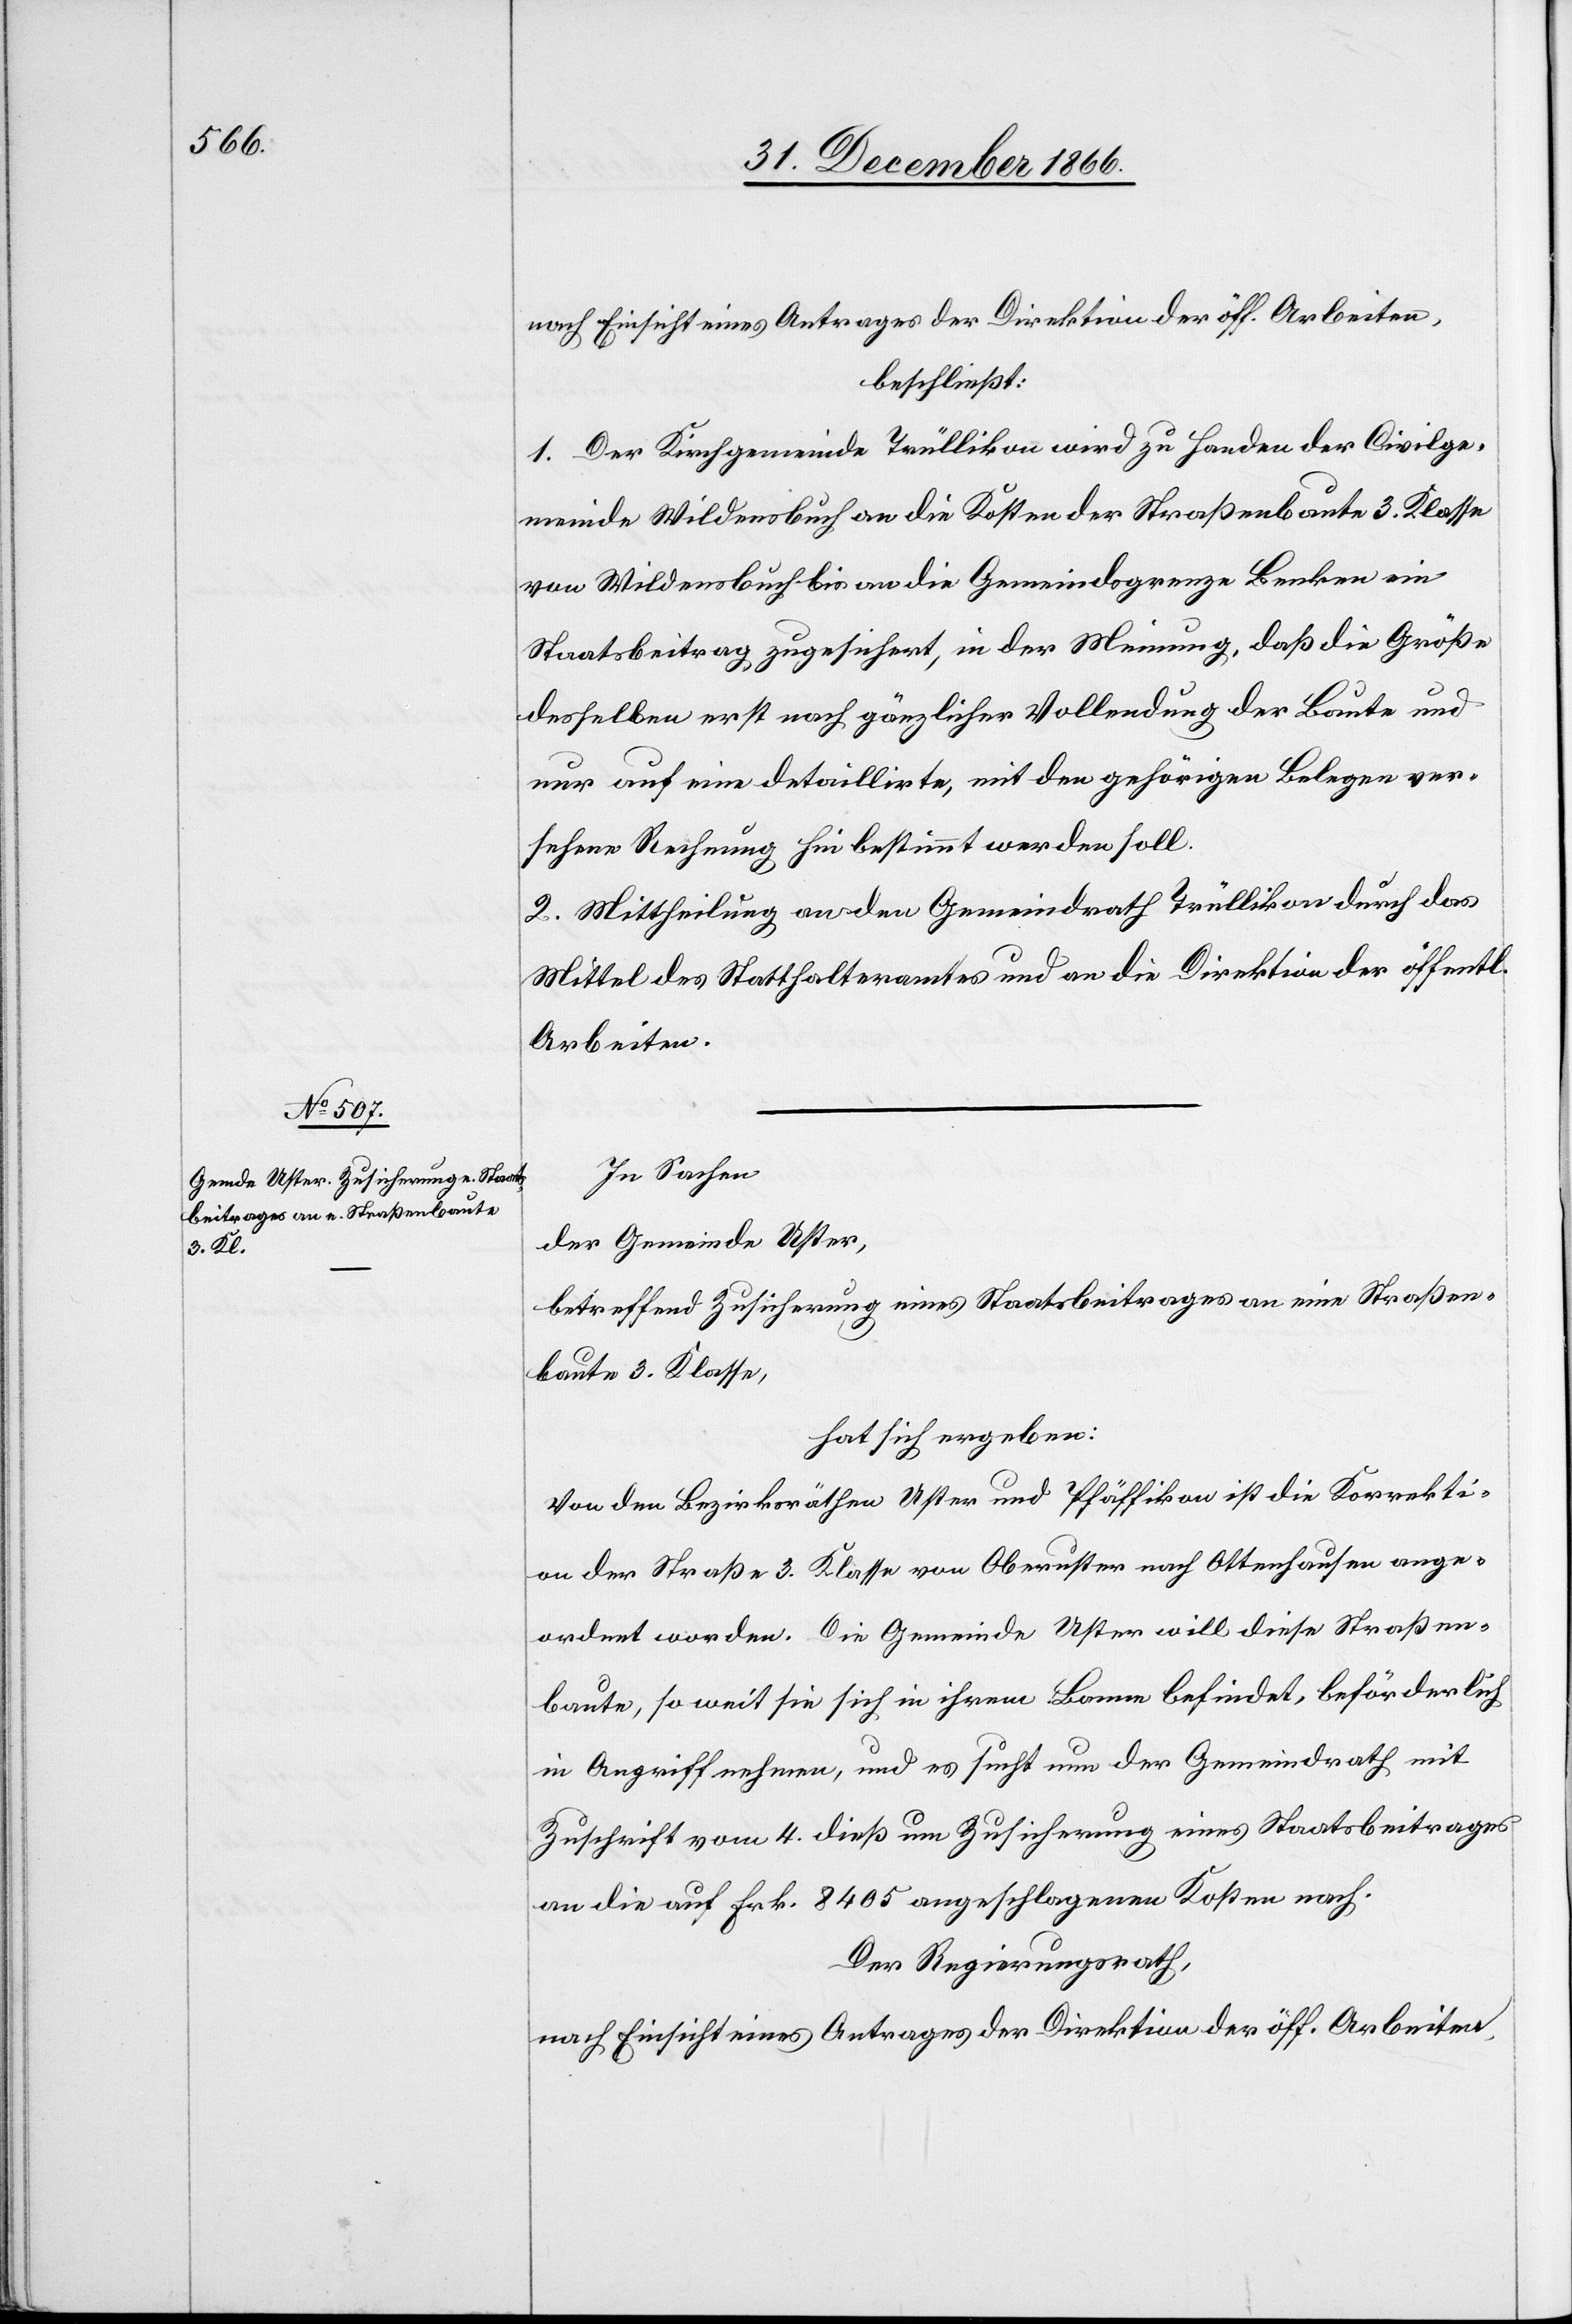
nach Einsicht eines Antrages der Direktion der öff. Arbeiten,
beschließt:
1. Der Kirchgemeinde Trüllikon wird zu Handen der Civilge¬
meinde Wildensbuch an die Kosten der Straßenbaute 3. Klasse
von Wildensbuch bis an die Gemeindsgrenze Benken ein
Staatsbeitrag zugesichert, in der Meinung, daß die Größe
desselben erst nach gänzlicher Vollendung der Baute und
nur auf eine detaillirte, mit den gehörigen Belegen ver¬
sehene Rechnung hin bestimmt werden soll.
2. Mittheilung an den Gemeindrath Trüllikon durch das
Mittel des Statthalteramtes und an die Direktion der öffentl.
Arbeiten.
In Sachen
der Gemeinde Uster,
betreffend Zusicherung eines Staatsbeitrages an eine Straßen¬
baute 3. Klasse,
hat sich ergeben:
Von den Bezirksräthen Uster und Pfäffikon ist die Korrekti¬
on der Straße 3. Klasse von Oberuster nach Ottenhausen ange¬
ordnet worden. Die Gemeinde Uster will diese Straßen¬
baute, so weit sie sich in ihrem Banne befindet, beförderlich
in Angriff nehmen, und es sucht nun der Gemeindrath mit
Zuschrift vom 4. dieß um Zusicherung eines Staatsbeitrages
an die auf Frk. 8405 angeschlagenen Kosten nach.
Der Regierungsrath,
nach Einsicht eines Antrages der Direktion der öff. Arbeiten,